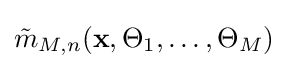
{\tilde {m}}_{M,n}(\mathbf {x} ,\Theta _{1},\ldots ,\Theta _{M})